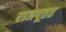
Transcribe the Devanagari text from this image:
राजपूतत